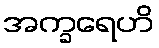
အက္ခရေဟိ